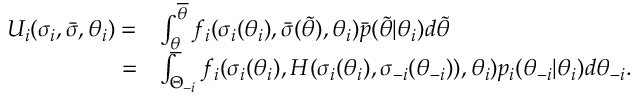
\begin{array} { r l } { U _ { i } ( \sigma _ { i } , \bar { \sigma } , \theta _ { i } ) = } & { \int _ { \underline { { \theta } } } ^ { \overline { { \theta } } } f _ { i } ( \sigma _ { i } ( \theta _ { i } ) , \bar { \sigma } ( \tilde { \theta } ) , \theta _ { i } ) \bar { p } ( \tilde { \theta } | \theta _ { i } ) d \tilde { \theta } } \\ { = } & { \int _ { \Theta _ { - i } } f _ { i } ( \sigma _ { i } ( \theta _ { i } ) , H ( \sigma _ { i } ( \theta _ { i } ) , \sigma _ { - i } ( \theta _ { - i } ) ) , \theta _ { i } ) p _ { i } ( \theta _ { - i } | \theta _ { i } ) d \theta _ { - i } . } \end{array}